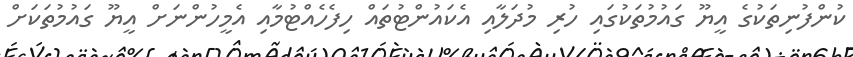
ކުންފުނިތަކުގެ އީޔޫ ގައުމުތަކުގައި ހުރި މުދަލާއި އެކައުންޓުތައް ހިފެހެއްޓުމާއި އެމީހުންނަށް އީޔޫ ގައުމުތަކަށް